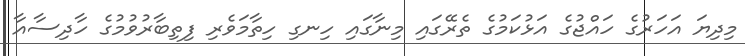
މިދިޔަ އަހަރުގެ ހައްޖުގެ އަޅުކަމުގެ ތެރޭގައި މިނާގައި ހިނގި ހިތާމަވެރި ފިތިބާރުވުމުގެ ހާދިސާއާ